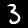
Label: 3